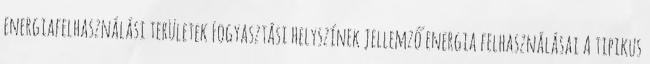
energiafelhasználási területek Fogyasztási helyszínek jellemző energia felhasználásai A tipikus